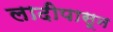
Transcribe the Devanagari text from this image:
लादीपासून